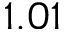
1 . 0 1